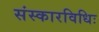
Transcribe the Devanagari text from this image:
संस्कारविधिः